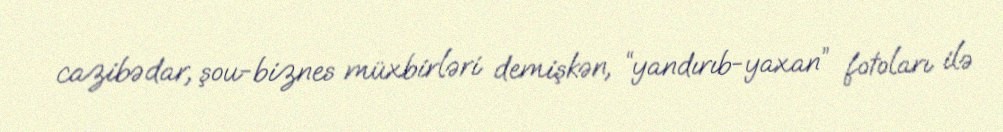
cazibədar, şou-biznes müxbirləri demişkən, “yandırıb-yaxan” fotoları ilə